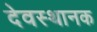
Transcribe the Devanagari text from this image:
देवस्थानक